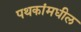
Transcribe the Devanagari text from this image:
पथकांमधील